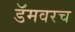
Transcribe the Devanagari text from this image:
डॅमवरच